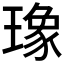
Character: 𤩪